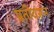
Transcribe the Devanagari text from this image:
प्रतीवरून